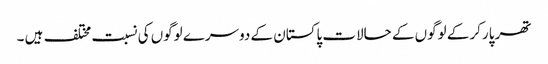
تھر پارکر کے لوگوں کے حالات پاکستان کے دوسرے لوگوں کی نسبت مختلف ہیں ۔